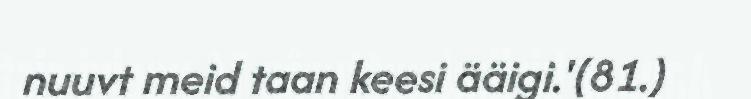
nuuvt meid taan keesi ääigi.'(81.)